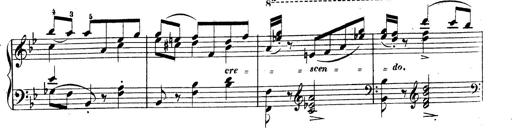
Title: 3 Caprices-Valses
Composer: Franz Liszt